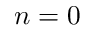
n = 0